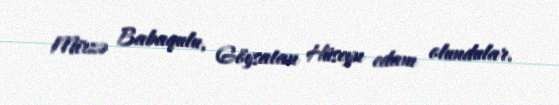
Mirzə Babaqulu, Göysatan Hüseyn edam olundular.